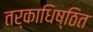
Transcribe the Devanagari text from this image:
तर्काधिष्ठित